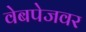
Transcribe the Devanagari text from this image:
वेबपेजवर